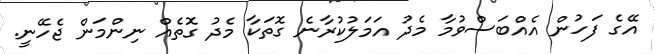
އޭގެ ފަހުން އެއްބަސްވުމާ މެދު އަމަލުކުރާނެ ގޮތަކާ މެދު ގޮތެއް ނިންމަން ޖެހޭނީ.